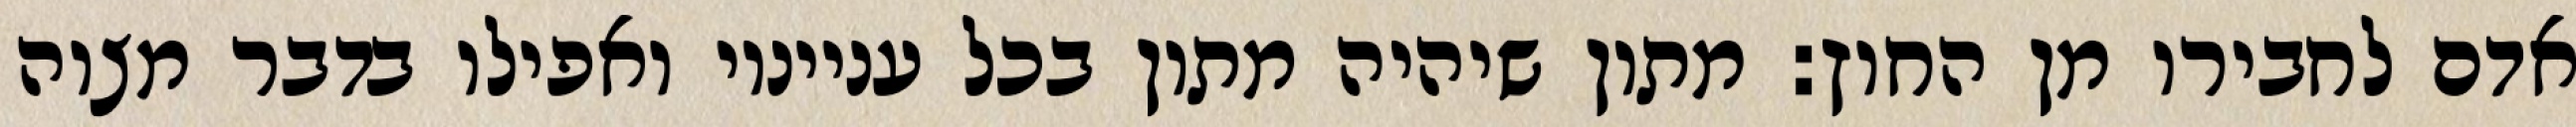
אדם לחבירו מן החוץ: מתון שיהיה מתון בכל ענייניו ואפילו בדבר מצוה